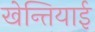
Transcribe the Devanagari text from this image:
खेन्तियाई